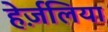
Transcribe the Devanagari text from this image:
हेर्ज़लिया